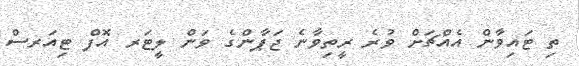
ތި ޓައިވާން އެއްޗަށް ވުރެ ރީތިވާނެ ޖަޕާންގެ ވަން ލީޓަރ އޮފް ޓިއަރސް